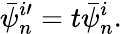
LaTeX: \bar{\psi}_{n}^{i\prime}=t\bar{\psi}_{n}^{i}.